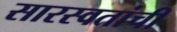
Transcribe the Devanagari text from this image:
सारस्वतांची